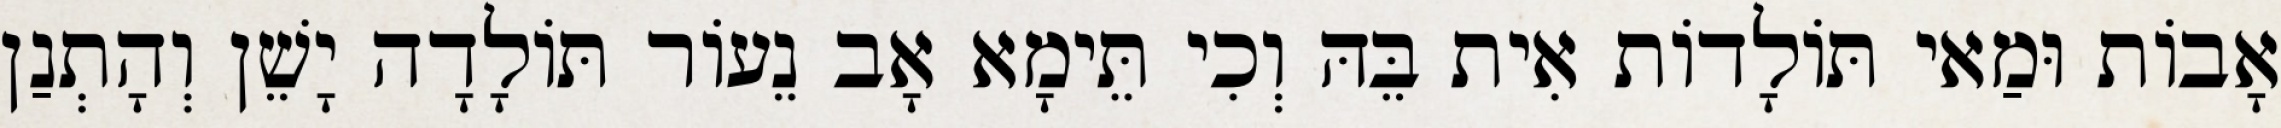
אָבוֹת וּמַאי תּוֹלָדוֹת אִית בֵּהּ וְכִי תֵּימָא אָב נֵעוֹר תּוֹלָדָה יָשֵׁן וְהָתְנַן